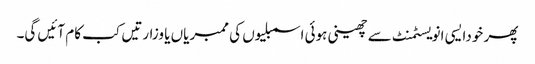
پھر خودایسی انویسٹمنٹ سے چھینی ہوئی اسمبلیوں کی ممبریاں یا وزارتیں کب کام آئیں گی۔